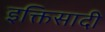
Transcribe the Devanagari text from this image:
इक्तिसादी